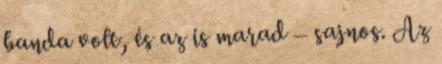
banda volt, és az is marad – sajnos. Az